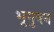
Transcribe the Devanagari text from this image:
भृगुवन